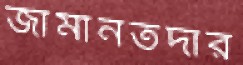
জামানতদার